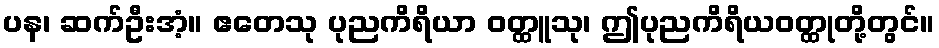
ပန၊ ဆက်ဦးအံ့။ ဧတေသု ပုညကိရိယာ ဝတ္ထူသု၊ ဤပုညကိရိယဝတ္ထုတို့တွင်။